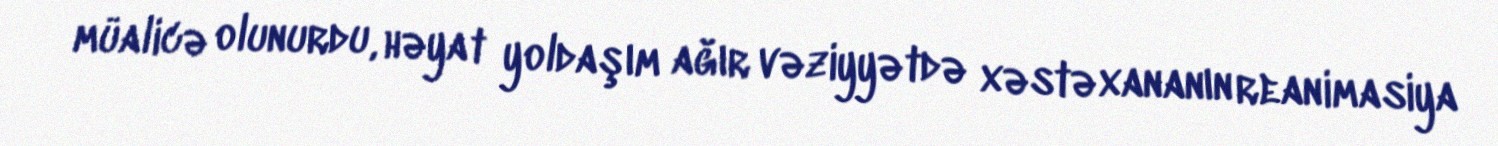
müalicə olunurdu, həyat yoldaşım ağır vəziyyətdə xəstəxananın reanimasiya